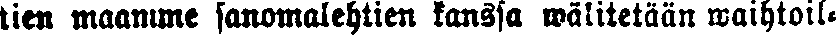
tien maamme sanomalehtien kanssa wälitetään waihtoil-